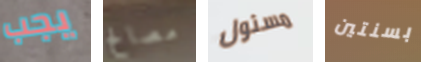
يجب مصالح مسئول بسنتين